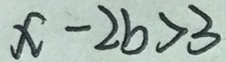
x - 2 b > 3